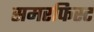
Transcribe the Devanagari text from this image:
समरफिस्ट